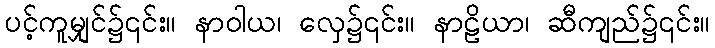
ပင့်ကူမျှင်၌၎င်း။ နာဝါယ၊ လှေ၌၎င်း။ နာဠိယာ၊ ဆီကျည်၌၎င်း။